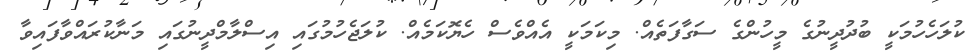
ކުލަހެހުމަކީ ބުދުދީނުގެ މީހުންގެ ސަގާފަތެއް. މިކަމަކީ އެއްވެސް ހެޔޮކަމެއް. ކުލަޖެހުމުގައި އިސްލާމްދީނުގައި މަނާކުރައްވާފައިވާ